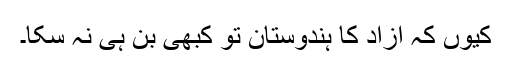
کیوں کہ آزاد کا ہندوستان تو کبھی بن ہی نہ سکا۔